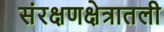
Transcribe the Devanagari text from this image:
संरक्षणक्षेत्रातली